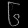
Digit: ၆